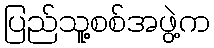
ပြည်သူ့စစ်အဖွဲ့က